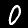
Label: 0